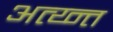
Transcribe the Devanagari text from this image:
अत्य्न्त